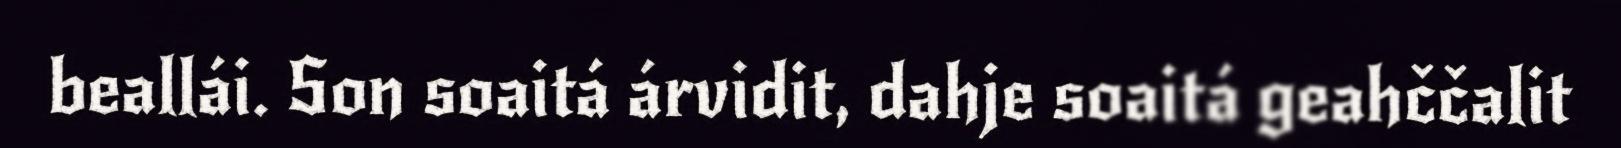
beallái. Son soaitá árvidit, dahje soaitá geahččalit